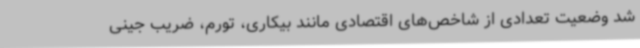
شد وضعیت تعدادی از شاخص‌های اقتصادی مانند بیکاری، تورم، ضریب جینی